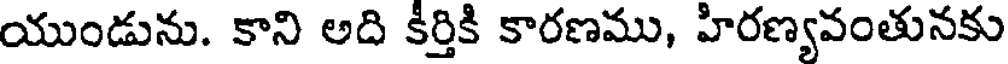
యుండును. కాని అది కీర్తికి కారణము, హిరణ్యవంతునకు